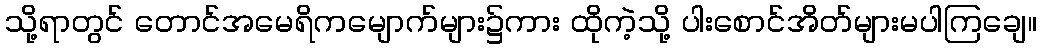
သို့ရာတွင် တောင်အမေရိကမျောက်များ၌ကား ထိုကဲ့သို့ ပါးစောင်အိတ်များမပါကြချေ။